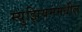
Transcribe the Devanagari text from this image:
म्युझियममधील